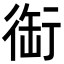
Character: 䘖